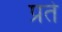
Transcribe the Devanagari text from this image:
प्रते